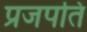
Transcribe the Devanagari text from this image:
प्रजपति